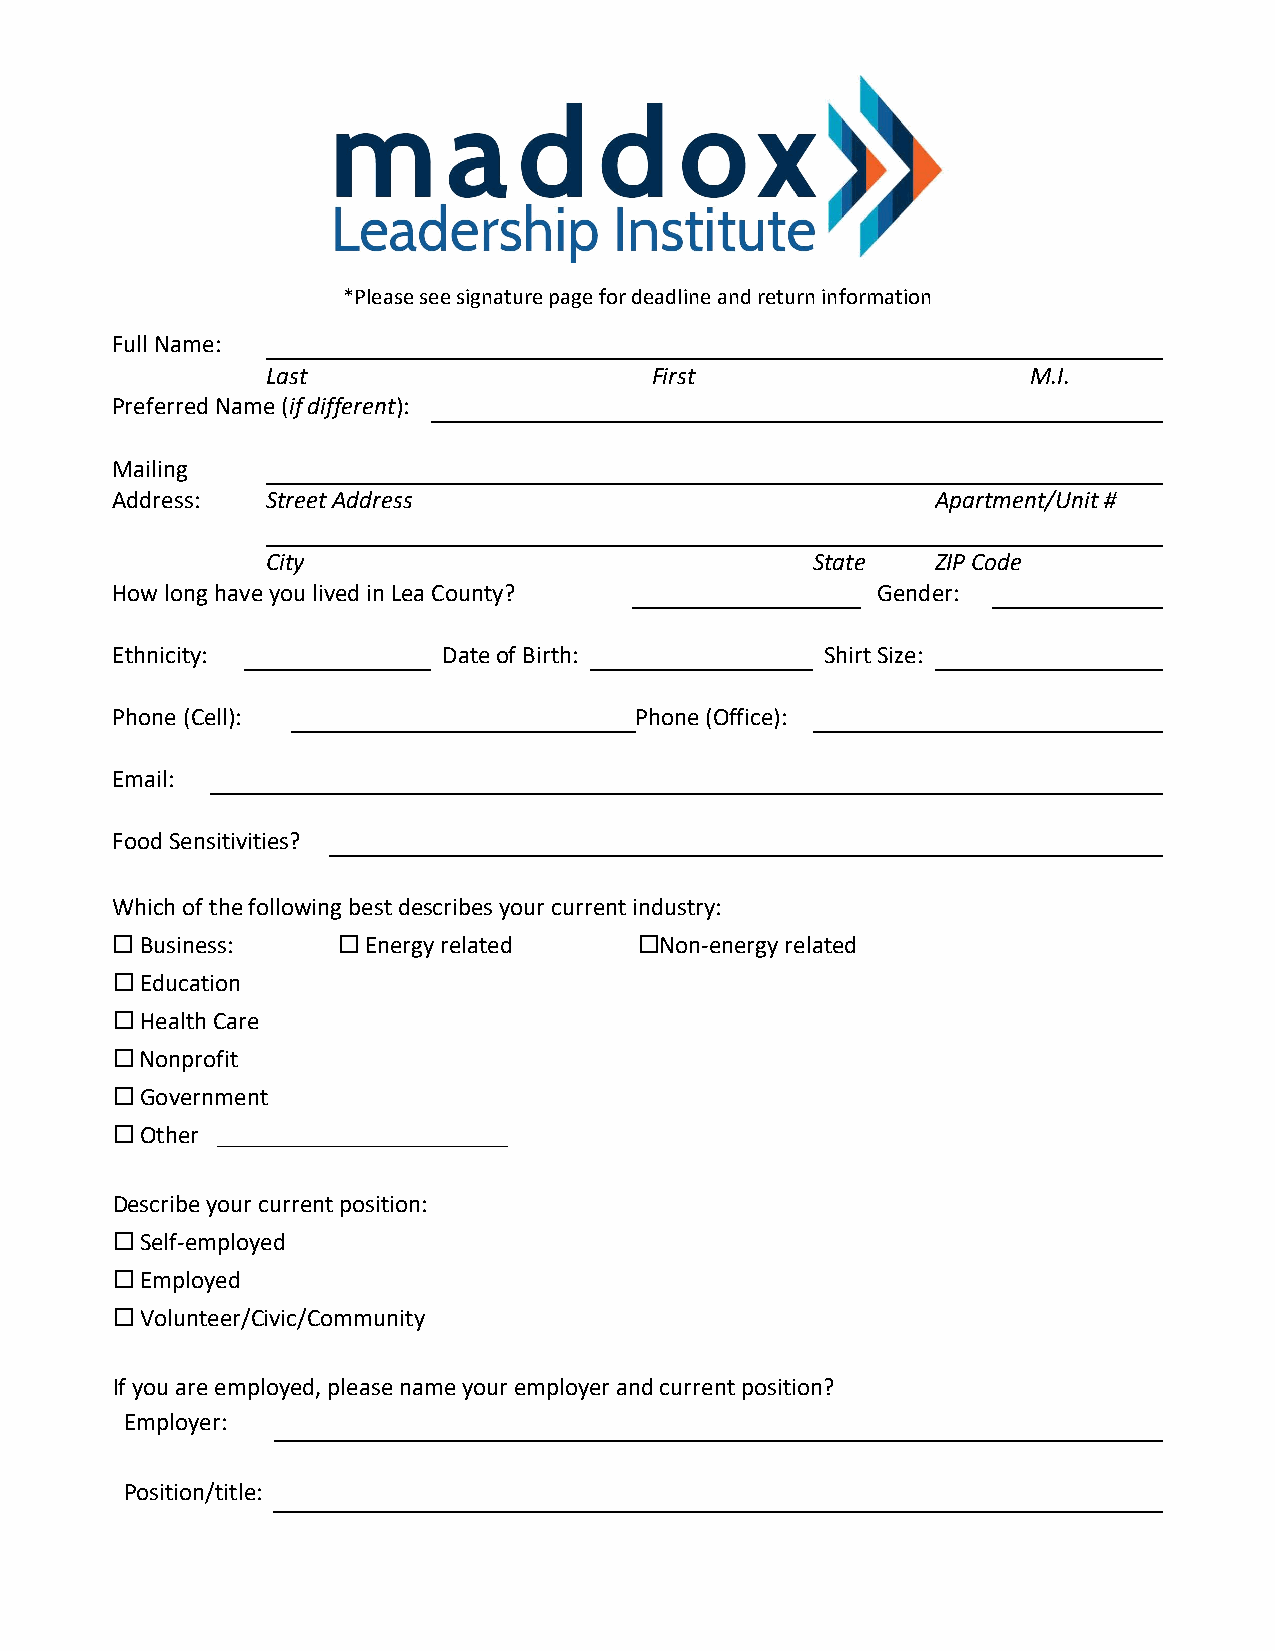
*Please see signature page for deadline and return information
 Full Name:
 Last                     First                    M.I.
 Preferred Name (if different):
 Mailing
 Address:   Street Address                              Apartment/Unit #
 City                                State   ZIP Code
 How long have you lived in Lea County?             Gender:
 Ethnicity:            Date of Birth:            Shirt Size:
 Phone (Cell):                      Phone (Office):
 Email:
 Food Sensitivities?
 Which of the following best describes your current industry:
 Business:      Energy related      Non-energy related
 ☐              ☐                   ☐
 Education
 ☐
 Health Care
 ☐
 Nonprofit
 ☐
 Government
 ☐
 Other
 ☐
 Describe your current position:
 Self-employed
 ☐
 Employed
 ☐
 Volunteer/Civic/Community
 ☐
 If you are employed, please name your employer and current position?
 Employer:
 Position/title: